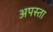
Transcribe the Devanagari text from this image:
अपस्ता